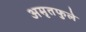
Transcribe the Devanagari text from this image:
अमृतफुले